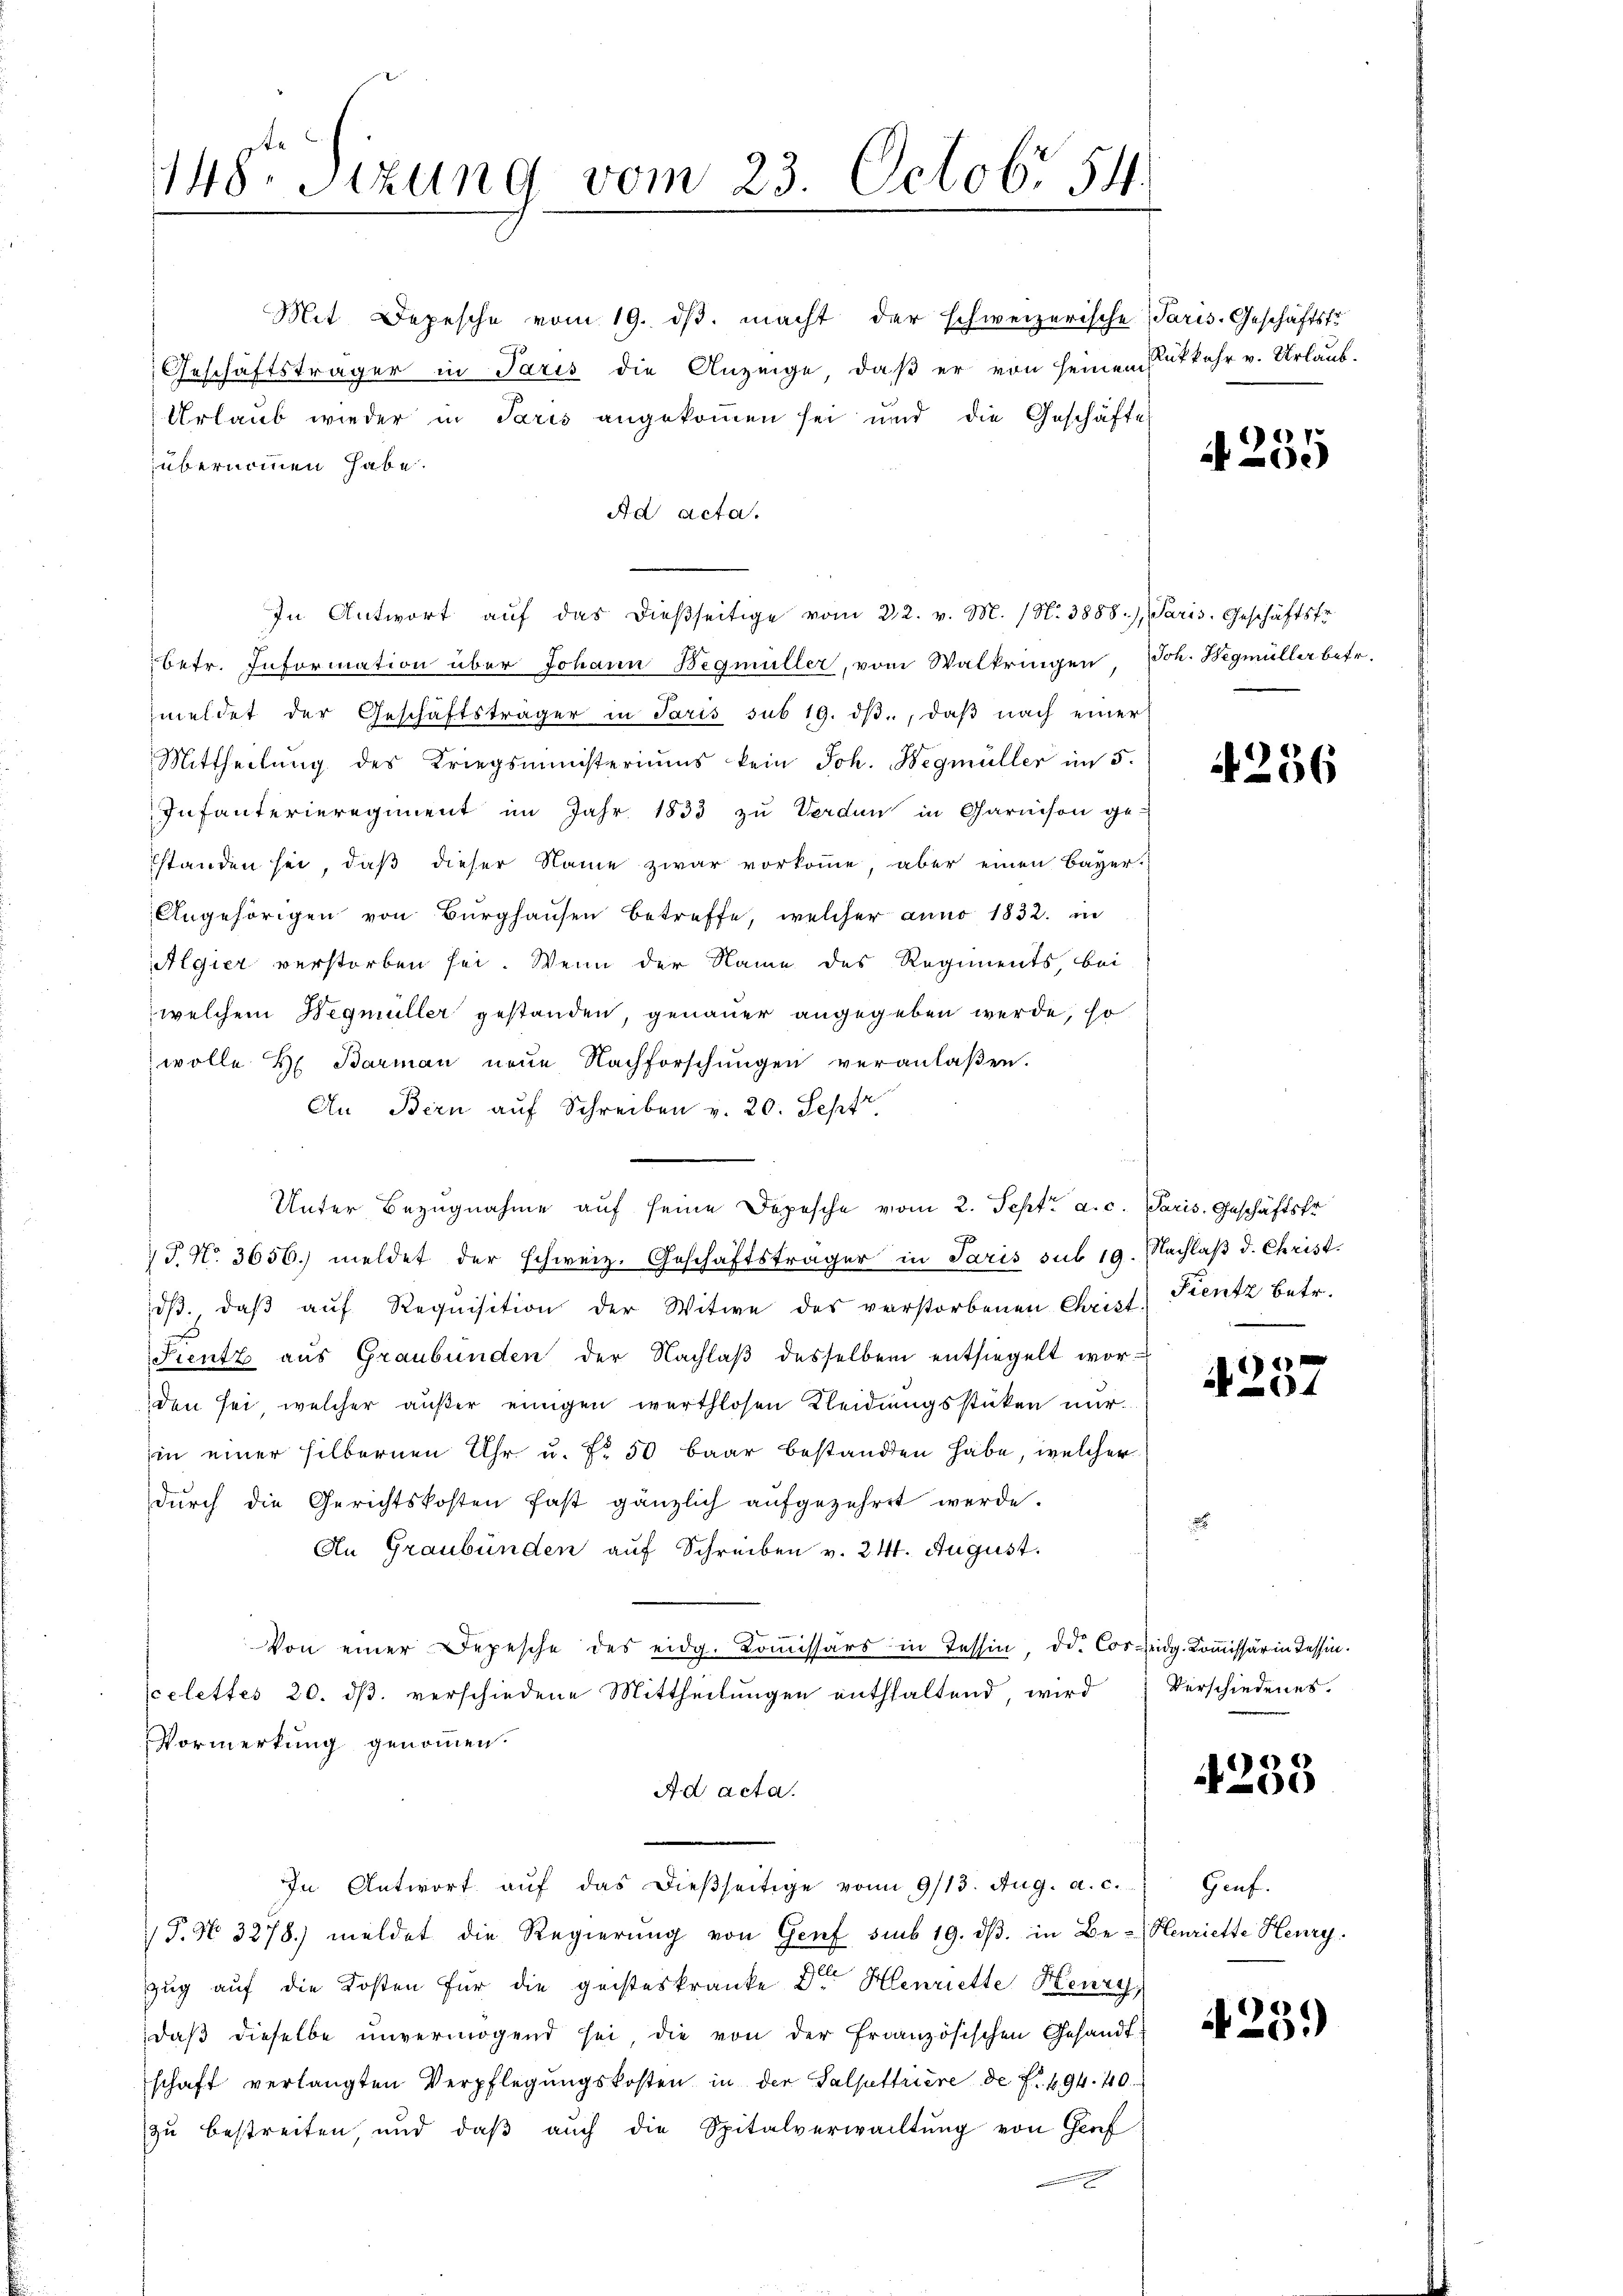
Mit Depesche vom 19. dβ. macht der schweizerische
Geschäftsträger in Paris die Anzeige, daß er von seinen Rutkehr v. Urlaub-
Urlaub wieder in Paris angekommen sei und die Geschäftes
übernommen habe.
Ad acta.
In Antwort aŭf das dieβseitige vom 22. v. M. (N. 3888), Paris. Geschäftsfr.
betr. Information über Johann Begmüller, vom Waltringen, Joh. Begmüller betr.
meldet der Geschäftsträger in Paris sub 19. dβ, daβ nach einer
Mittheilŭng des Kriegsministeriums kein Joh. Wegmüller im 5.
Infanterieregiment im Jahr 1833 zu Vorden in Garnison ge-
standen sei, daß dieser Name zwar vorkomme, aber einen Bayer
Angehörigen von Burghausen betreffe, welcher anno 1832. in
Algier verstorben sei. Wenn der Name des Regiments, bei
welchem Wegmüller gestanden, genauer angegeben werde, so
wolle H. Barman neue Nachforschungen veranlaßen.
An Bern auf Schreiben v. 20. Sept.
c
7 J. N. 3656. meldet der schweiz. Geschäftsträger in Paris sub 19. Nachlaβ d. Christ.
dβ. daβ aŭf Requisition der Witwe des verstorbenen Christ-
Stentz aus Graubünden der Nachlaβ desselben entsiegelt wor-
den sei, welcher außer einigen werthlosen Kleidungsstücken nur
in einer silbernen Uhr u. Fr. 50 baar bestandten habe, welcher
dŭrch die Gerichtskosten fast gänzlich aŭfgezehret werde.
An Graubünden auf Schreiben v. 241. August.
Von einer Depesche des eidg. Koṁissärs in Tessin, d. Cor eidg. Kommissär in Tessin.
celettes 20. dβ. verschiedene Mittheilŭngen enthaltend, wird verschiedenes.
Vormerkung genommen.
Ad acta.
In Antwort aŭf das dießseitige vom 9/13. Aug. a. c.
 P. No. 3278.) meldet die Regierŭng von Genf sub 19. dβ. in Be- Henriette Henry
zug auf die Kosten für die geisteskranke Den Henriette Henry
daβ dieselbe unvermögend sei, die von der Französischen Gesandtschaft verlangten Verpflegŭngskosten in der Talsttriere de s. f. 94. 40.
zu bestreiten, und daß auch die Spitalverwaltung von Graf

148. Sizung vom 23. Octobr 54

Unter Bezugnahme auf seine Depesche vom 2. Sept. a. c. Paris. Geschäftsfr.

Paris-Geschäftstr

e
e)

Fientz betr.

x
4

256

4233

Genf.

4239)